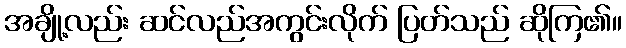
အချို့လည်း ဆင်လည်အကွင်းလိုက် ပြတ်သည် ဆိုကြ၏။